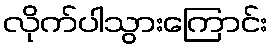
လိုက်ပါသွားကြောင်း